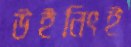
উইনিংই